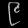
Digit: ၉